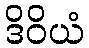
ဒိဝိယံ